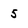
Character: 5